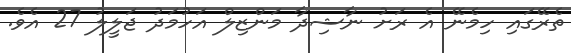
ތެރޭގައި ހިމެނޭ އެ ރަށު ނާޝިދާ މަންޒިލް އަހުމަދު ޖަލީލު 27 އެވެ.